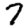
Digit: 7